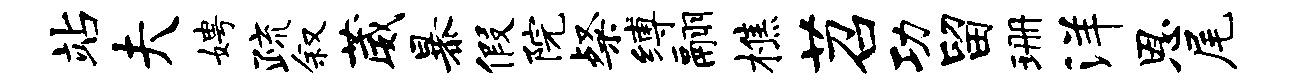
站夫娉疏叙葳暴假院粲缚翮樵苕功留珊洋恩尾